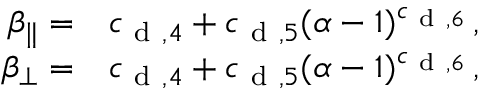
\begin{array} { r l } { \beta _ { \parallel } = } & { { } c _ { \mathrm { ~ d ~ } , 4 } + c _ { \mathrm { ~ d ~ } , 5 } ( \alpha - 1 ) ^ { c _ { \mathrm { ~ d ~ } , 6 } } \, , } \\ { \beta _ { \perp } = } & { { } c _ { \mathrm { ~ d ~ } , 4 } + c _ { \mathrm { ~ d ~ } , 5 } ( \alpha - 1 ) ^ { c _ { \mathrm { ~ d ~ } , 6 } } \, , } \end{array}